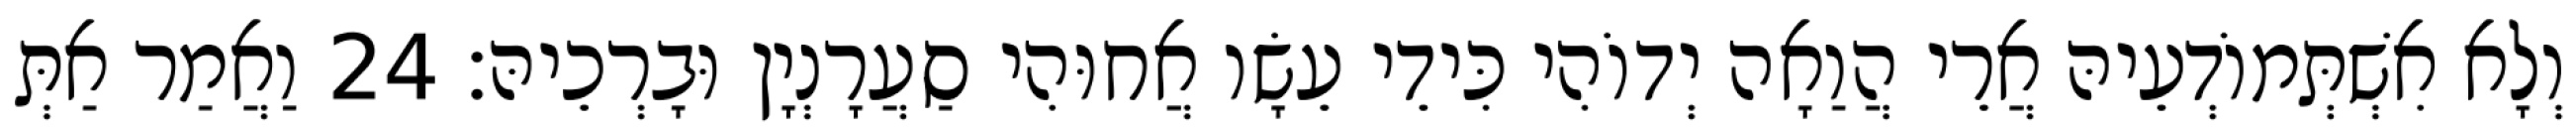
וְלָא אִשְׁתְּמוֹדְעֵיהּ אֲרֵי הֲוַאָה יְדוֹהִי כִּידֵי עֵשָׂו אֲחוּהִי סַעֲרָנְיָן וּבָרְכֵיהּ׃ 24 וַאֲמַר אַתְּ